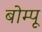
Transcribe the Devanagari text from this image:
बोम्पू